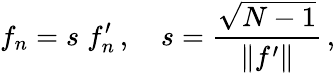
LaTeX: f_{n}=s\; f_{n}^{\prime}\, ,\quad s=\frac{\sqrt{N-1}}{\left\Vert f^{\prime}\right\Vert}\, ,